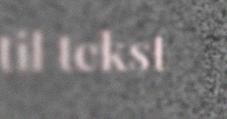
til tekst